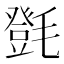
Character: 㲪